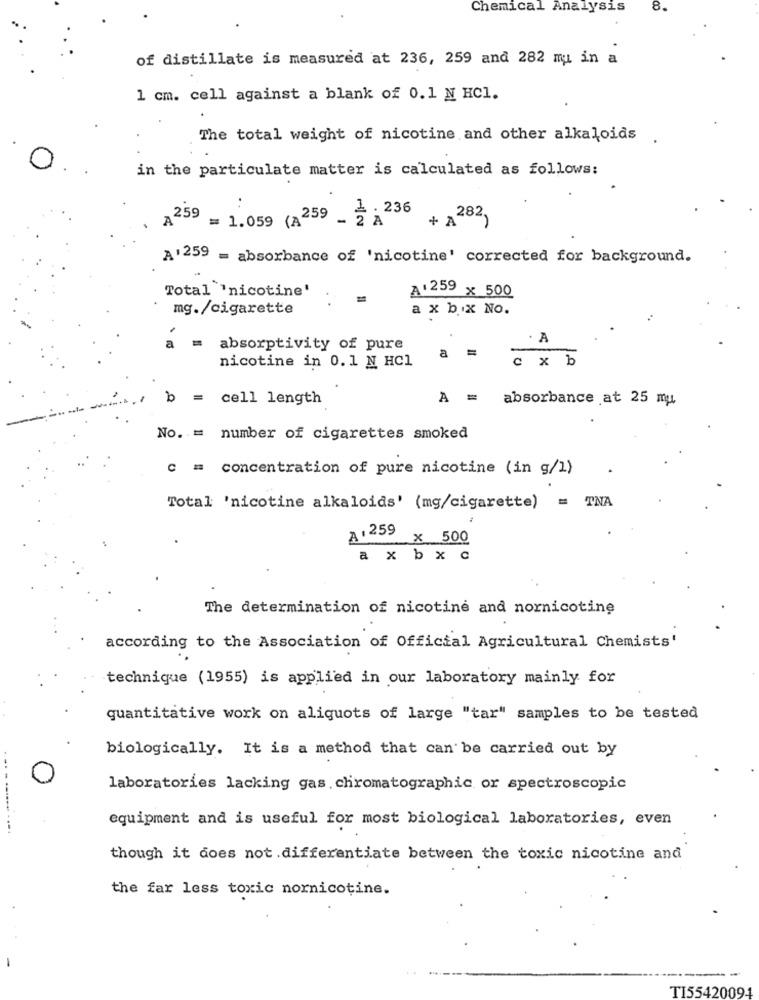
Chemical Analysis
8.
of distillate is measured at 236, 259 and 282 mu in a
1 cm. cell against a blank of 0.1 N HC1.
The total weight of nicotine and other alkaloids
in the particulate matter is calculated as follows:
1 . 236
A259 = 1.059 (A259 - 2 À
A282,
A ' 259 = absorbance of 'nicotine' corrected for background.
Total 'nicotine'
A. 259 x 500
mg./cigarette
a x b x No.
A
= absorptivity of pure
nicotine in 0.1 N HCI
a =
c x b
b
= cell length
A = absorbance at 25 mu
No. = number of cigarettes smoked
C = concentration of pure nicotine (in g/1)
Total 'nicotine alkaloids' (mg/cigarette) = TNA
A. 259 × 500
a x b x c
The determination of nicotine and nornicotine
according to the Association of Official Agricultural Chemists'
technique (1955) is applied in our laboratory mainly for
quantitative work on aliquots of large "tar" samples to be tested
biologically. It is a method that can be carried out by
laboratories lacking gas chromatographic or spectroscopic
equipment and is useful for most biological laboratories, even
though it does not .differentiate between the toxic nicotine and
the far less toxic nornicotine.
TI55420094